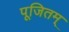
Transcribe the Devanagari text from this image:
पूजितम्